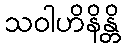
သဝါဟိနိန္တိ